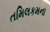
તમિલકમના